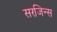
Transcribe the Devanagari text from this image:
सरजिन्स